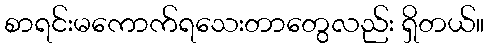
စာရင်းမကောက်ရသေးတာတွေလည်း ရှိတယ်။